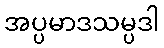
အပ္ပမာဒသမ္ပဒါ